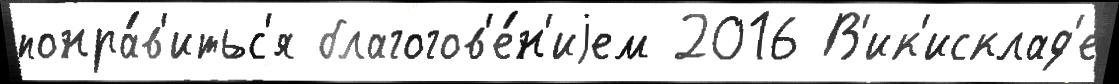
понра́в'итьс'я благогов'е́н'иjем 2016 В'ик'исклад'е